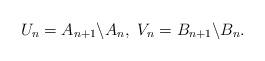
LaTeX: \begin{align*} U_n = A_{n+1} \backslash A_n, \ V_n = B_{n+1} \backslash B_n.\end{align*}